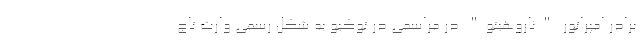
برادر امپراتور "ناروهیتو" در مراسمی در توکیو به شکل رسمی وارث تاج